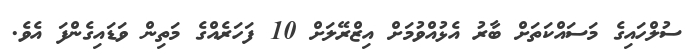
ސުލްހައިގެ މަސައްކަތަށް ބާރު އެޅުއްވުމަށް އިޒްރޭލަށް 10 ފަހަރެއްގެ މަތިން ވަޑައިގެންފަ އެވެ.